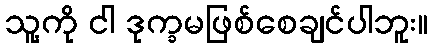
သူ့ကို ငါ ဒုက္ခမဖြစ်စေချင်ပါဘူး။